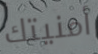
أمنيتك